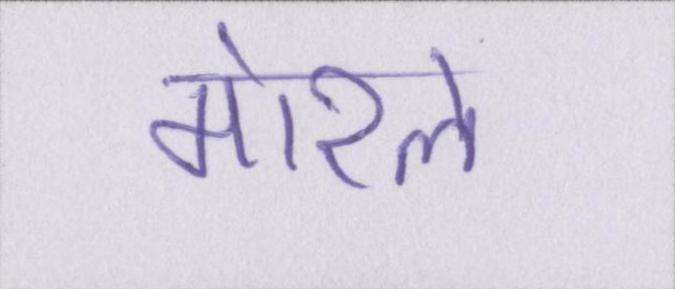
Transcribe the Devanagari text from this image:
मोरल